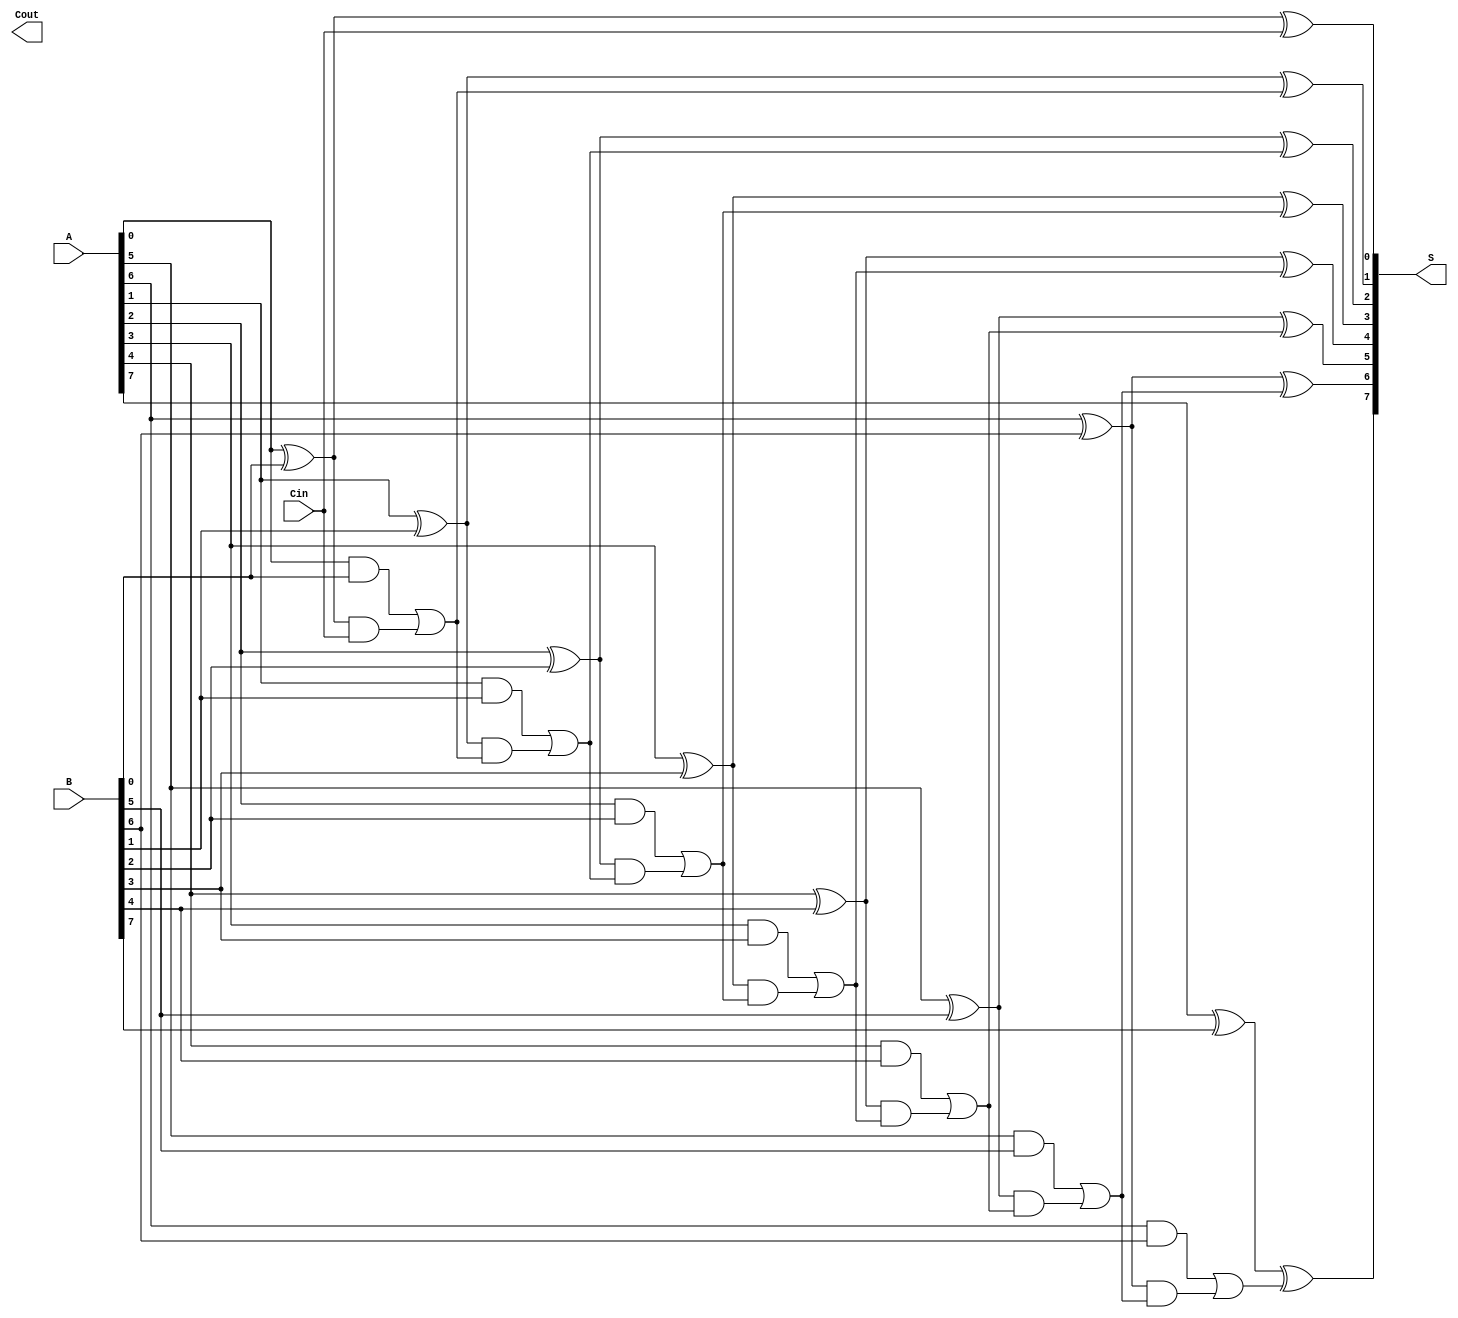
module ParallelPrefixAdder #(
    parameter n = 8  // Width of the input numbers
) (
    input [n-1:0] A,     // First operand
    input [n-1:0] B,     // Second operand
    input Cin,           // Carry-in
    output [n-1:0] S,    // Sum output
    output Cout          // Carry-out
);

    wire [n-1:0] G;      // Generate signals
    wire [n-1:0] P;      // Propagate signals
    wire [n:0] C;        // Carry signals

    // Generate and Propagate signals calculation
    genvar i;
    generate
        for (i = 0; i < n; i = i + 1) begin : generate_propagate
            assign G[i] = A[i] & B[i];      // Generate
            assign P[i] = A[i] ^ B[i];      // Propagate
        end
    endgenerate

    // Carry signals calculation using Kogge-Stone prefix structure
    assign C[0] = Cin;

    // Level 1
    generate
        for (i = 0; i < n-1; i = i + 1) begin : level1
            assign C[i+1] = G[i] | (P[i] & C[i]);
        end
    endgenerate

    // Level 2 (for larger n, we could add additional levels)
    // In the case of Kogge-Stone, we typically need more levels for larger widths.
    // Here, we are keeping it simple with just one level for demonstration.

    // Final sum calculation
    generate
        for (i = 0; i < n; i = i + 1) begin : sum_calculation
            assign S[i] = P[i] ^ C[i];  // Sum
        end
    endgenerate

    // Final carry-out
    assign Cout = C[n]; // Final carry-out

endmodule